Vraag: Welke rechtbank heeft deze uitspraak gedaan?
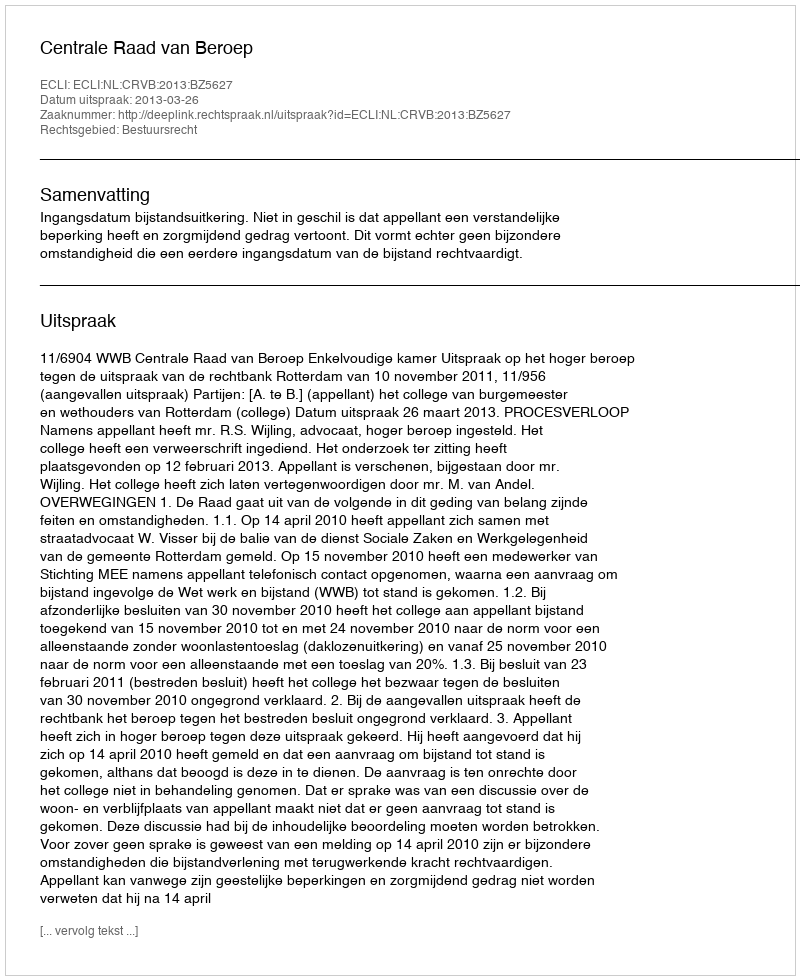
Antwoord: Centrale Raad van Beroep